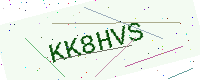
Text: KK8HVS